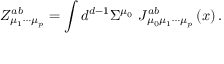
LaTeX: Z _ { \mu _ { 1 } \cdots \mu _ { p } } ^ { a b } = \int d ^ { d - 1 } \Sigma ^ { \mu _ { 0 } } \, \, J _ { \mu _ { 0 } \mu _ { 1 } \cdots \mu _ { p } } ^ { a b } \left( x \right) .